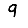
Digit: 9